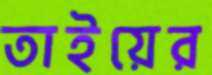
তাইয়ের